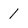
Character: 1